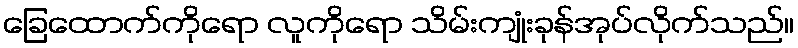
ခြေထောက်ကိုရော လူကိုရော သိမ်းကျုံးခုန်အုပ်လိုက်သည်။